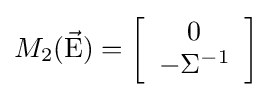
M_{2}({\vec {\rm {E}}})=\left[{\begin{array}{*{20}c}0\\{-\Sigma ^{-1}}\\\end{array}}\right]